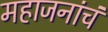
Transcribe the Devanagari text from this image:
महाजनांचं